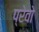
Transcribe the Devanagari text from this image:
प्रेवो